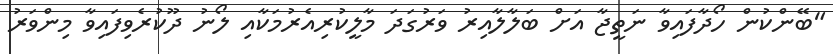
"ބޭންކުން ހޯދާފައިވާ ނަތީޖާ އަށް ބަލާލާއިރު ވަރުގަދަ މާލީކުރިއެރުމަކާއި ލޯނު ދޫކުރެވިފައިވާ މިންވަރު